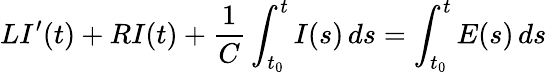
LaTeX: LI^{\prime}(t)+RI(t)+{\frac{1}{C}}\int_{t_{0}}^{t}I(s)\, ds=\int_{t_{0}}^{t}E(s)\, ds